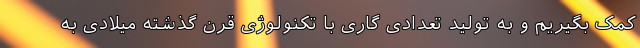
کمک بگیریم و به تولید تعدادی گاری با تکنولوژی قرن گذشته میلادی به